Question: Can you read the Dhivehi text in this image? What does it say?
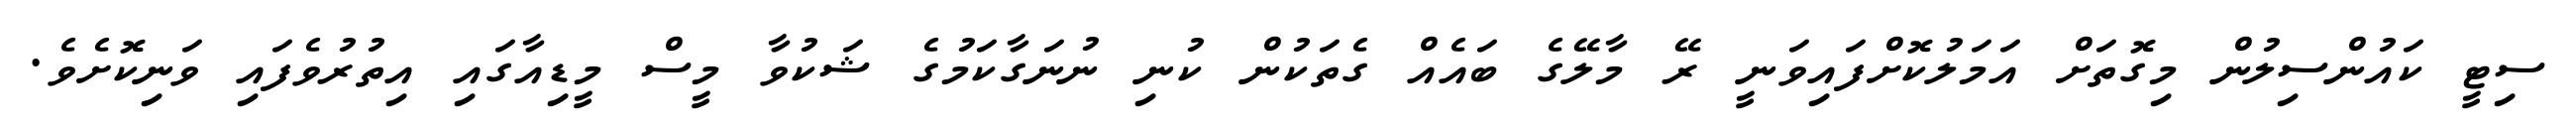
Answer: ސިޓީ ކައުންސިލުން މިގޮތަށް އަމަލުކޮށްފައިވަނީ ރޭ މާލޭގެ ބައެއް ގެތަކުން ކުނި ނުނަގާކަމުގެ ޝަކުވާ މީސް މީޑިއާގައި އިތުރުވެފައި ވަނިކޮށެވެ.